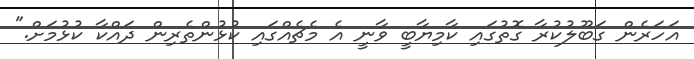
އަހަރެން ގަބޫލުކުރާ ގޮތުގައި ކާމިޔާބީ ވާނީ އެ މެޗެއްގައި ކުޅުންތެރިން ދައްކާ ކުޅުމަށް."